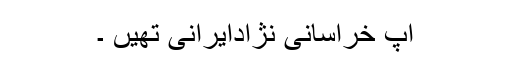
آپ خراسانی نژادایرانی تھیں ۔